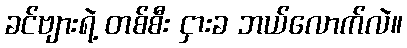
ခင်ဗျားရဲ့ တစ်စီး ငှားခ ဘယ်လောက်လဲ။